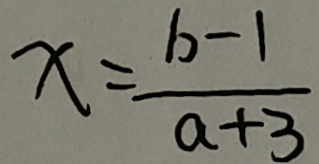
x = \frac { b - 1 } { a + 3 }